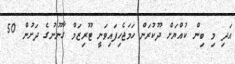
އަދި މި ބިން ކުއްޔަށް ދޫކުރަން ހަމަޖެހިފައިވަނީ ޓޫރިޒަމް ގާނޫނުގެ ދަށުން 50